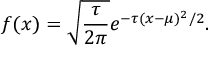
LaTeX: f ( x ) = { \sqrt { \frac { \tau } { 2 \pi } } } e ^ { - \tau ( x - \mu ) ^ { 2 } / 2 } .